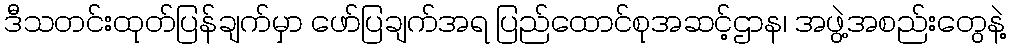
ဒီသတင်းထုတ်ပြန်ချက်မှာ ဖော်ပြချက်အရ ပြည်ထောင်စုအဆင့်ဌာန၊ အဖွဲ့အစည်းတွေနဲ့